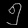
Digit: ၅